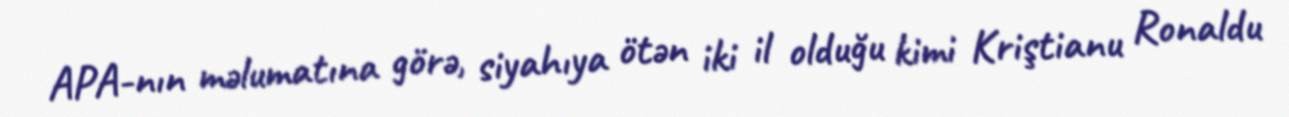
APA-nın məlumatına görə, siyahıya ötən iki il olduğu kimi Kriştianu Ronaldu